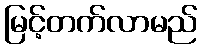
မြင့်တက်လာမည်